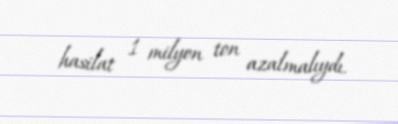
hasilat 1 milyon ton azalmalıydı.